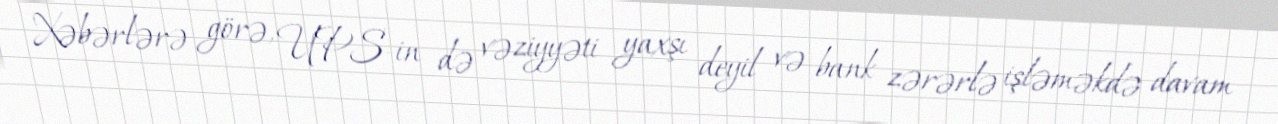
Xəbərlərə görə, UPS-in də vəziyyəti yaxşı deyil və bank zərərlə işləməkdə davam